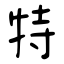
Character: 特